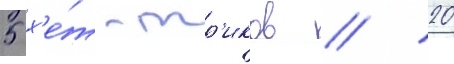
5 х'е́т-тр'иков / 20